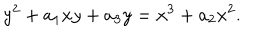
LaTeX: y ^ { 2 } + a _ { 1 } x y + a _ { 3 } y = x ^ { 3 } + a _ { 2 } x ^ { 2 } .